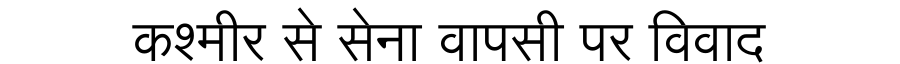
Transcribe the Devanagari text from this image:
कश्मीर से सेना वापसी पर विवाद